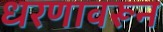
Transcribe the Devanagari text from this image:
धरणावरून